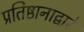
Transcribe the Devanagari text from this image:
प्रतिष्ठानाद्वारे